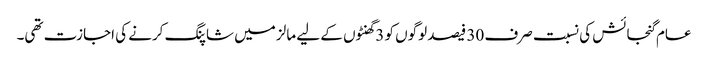
عام گنجائش کی نسبت صرف 30 فیصد لوگوں کو 3 گھنٹوں کے لیے مالز میں شاپنگ کرنے کی اجازت تھی۔